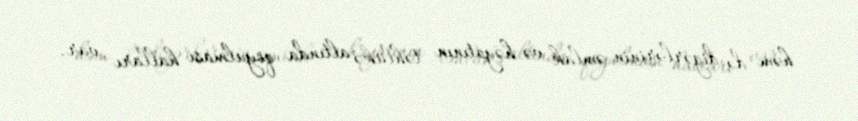
həm də digərlərinin əmlak və həyatının təhlükə altında qoyulması halları var.